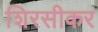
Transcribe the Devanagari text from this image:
शिरसीकर